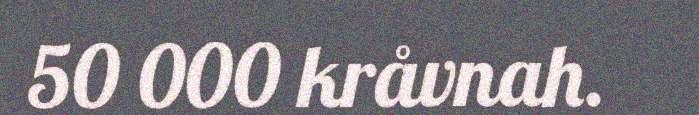
50 000 kråvnah.